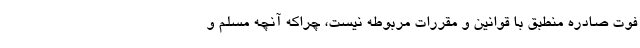
فوت صادره منطبق با قوانین و مقررات مربوطه نیست، چراکه آنچه مسلم و